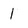
Character: 1